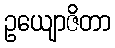
ဥယျောဇိတာ